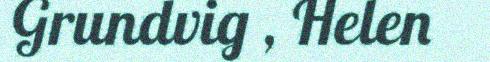
Grundvig , Helen